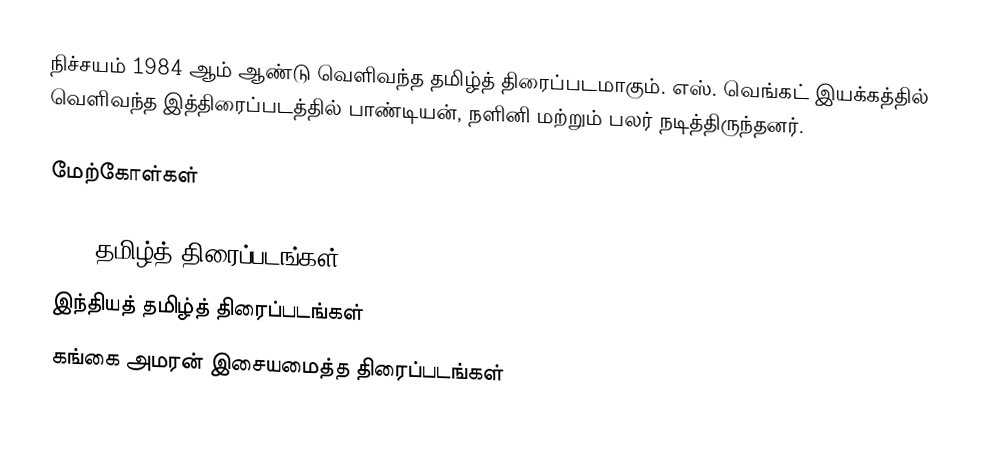
நிச்சயம் 1984 ஆம் ஆண்டு வெளிவந்த தமிழ்த் திரைப்படமாகும். எஸ். வெங்கட் இயக்கத்தில் வெளிவந்த இத்திரைப்படத்தில் பாண்டியன், நளினி மற்றும் பலர் நடித்திருந்தனர்.

மேற்கோள்கள்

1984 தமிழ்த் திரைப்படங்கள்
இந்தியத் தமிழ்த் திரைப்படங்கள்
கங்கை அமரன் இசையமைத்த திரைப்படங்கள்